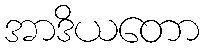
အာဒိယတော